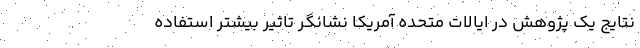
نتایج یک پژوهش در ایالات متحده آمریکا نشانگر تاثیر بیشتر استفاده